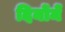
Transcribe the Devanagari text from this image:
दिनोंमें